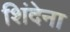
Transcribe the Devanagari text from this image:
शिंदेना